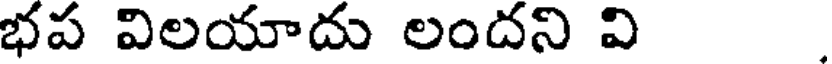
భప విలయాదు లందని వి